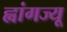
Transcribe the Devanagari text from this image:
ह्वांगज्यू